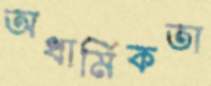
অধার্মিকতা